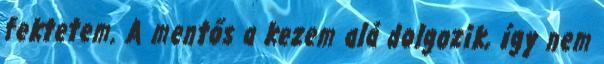
fektetem. A mentős a kezem alá dolgozik, így nem